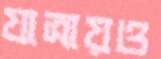
যাত্রায়ও